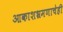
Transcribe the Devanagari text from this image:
आकाशभ्रमणाचेही